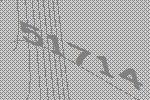
51714